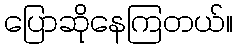
ပြောဆိုနေကြတယ်။